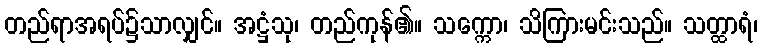
တည်ရာအရပ်၌သာလျှင်။ အဋ္ဌံသု၊ တည်ကုန်၏။ သက္ကော၊ သိကြားမင်းသည်။ သတ္ထာရံ၊